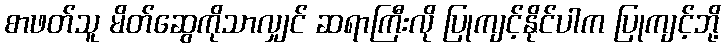
စာဖတ်သူ မိတ်ဆွေကိုသာလျှင် ဆရာကြီးလို ပြုကျင့်နိုင်ပါက ပြုကျင့်ဘို့